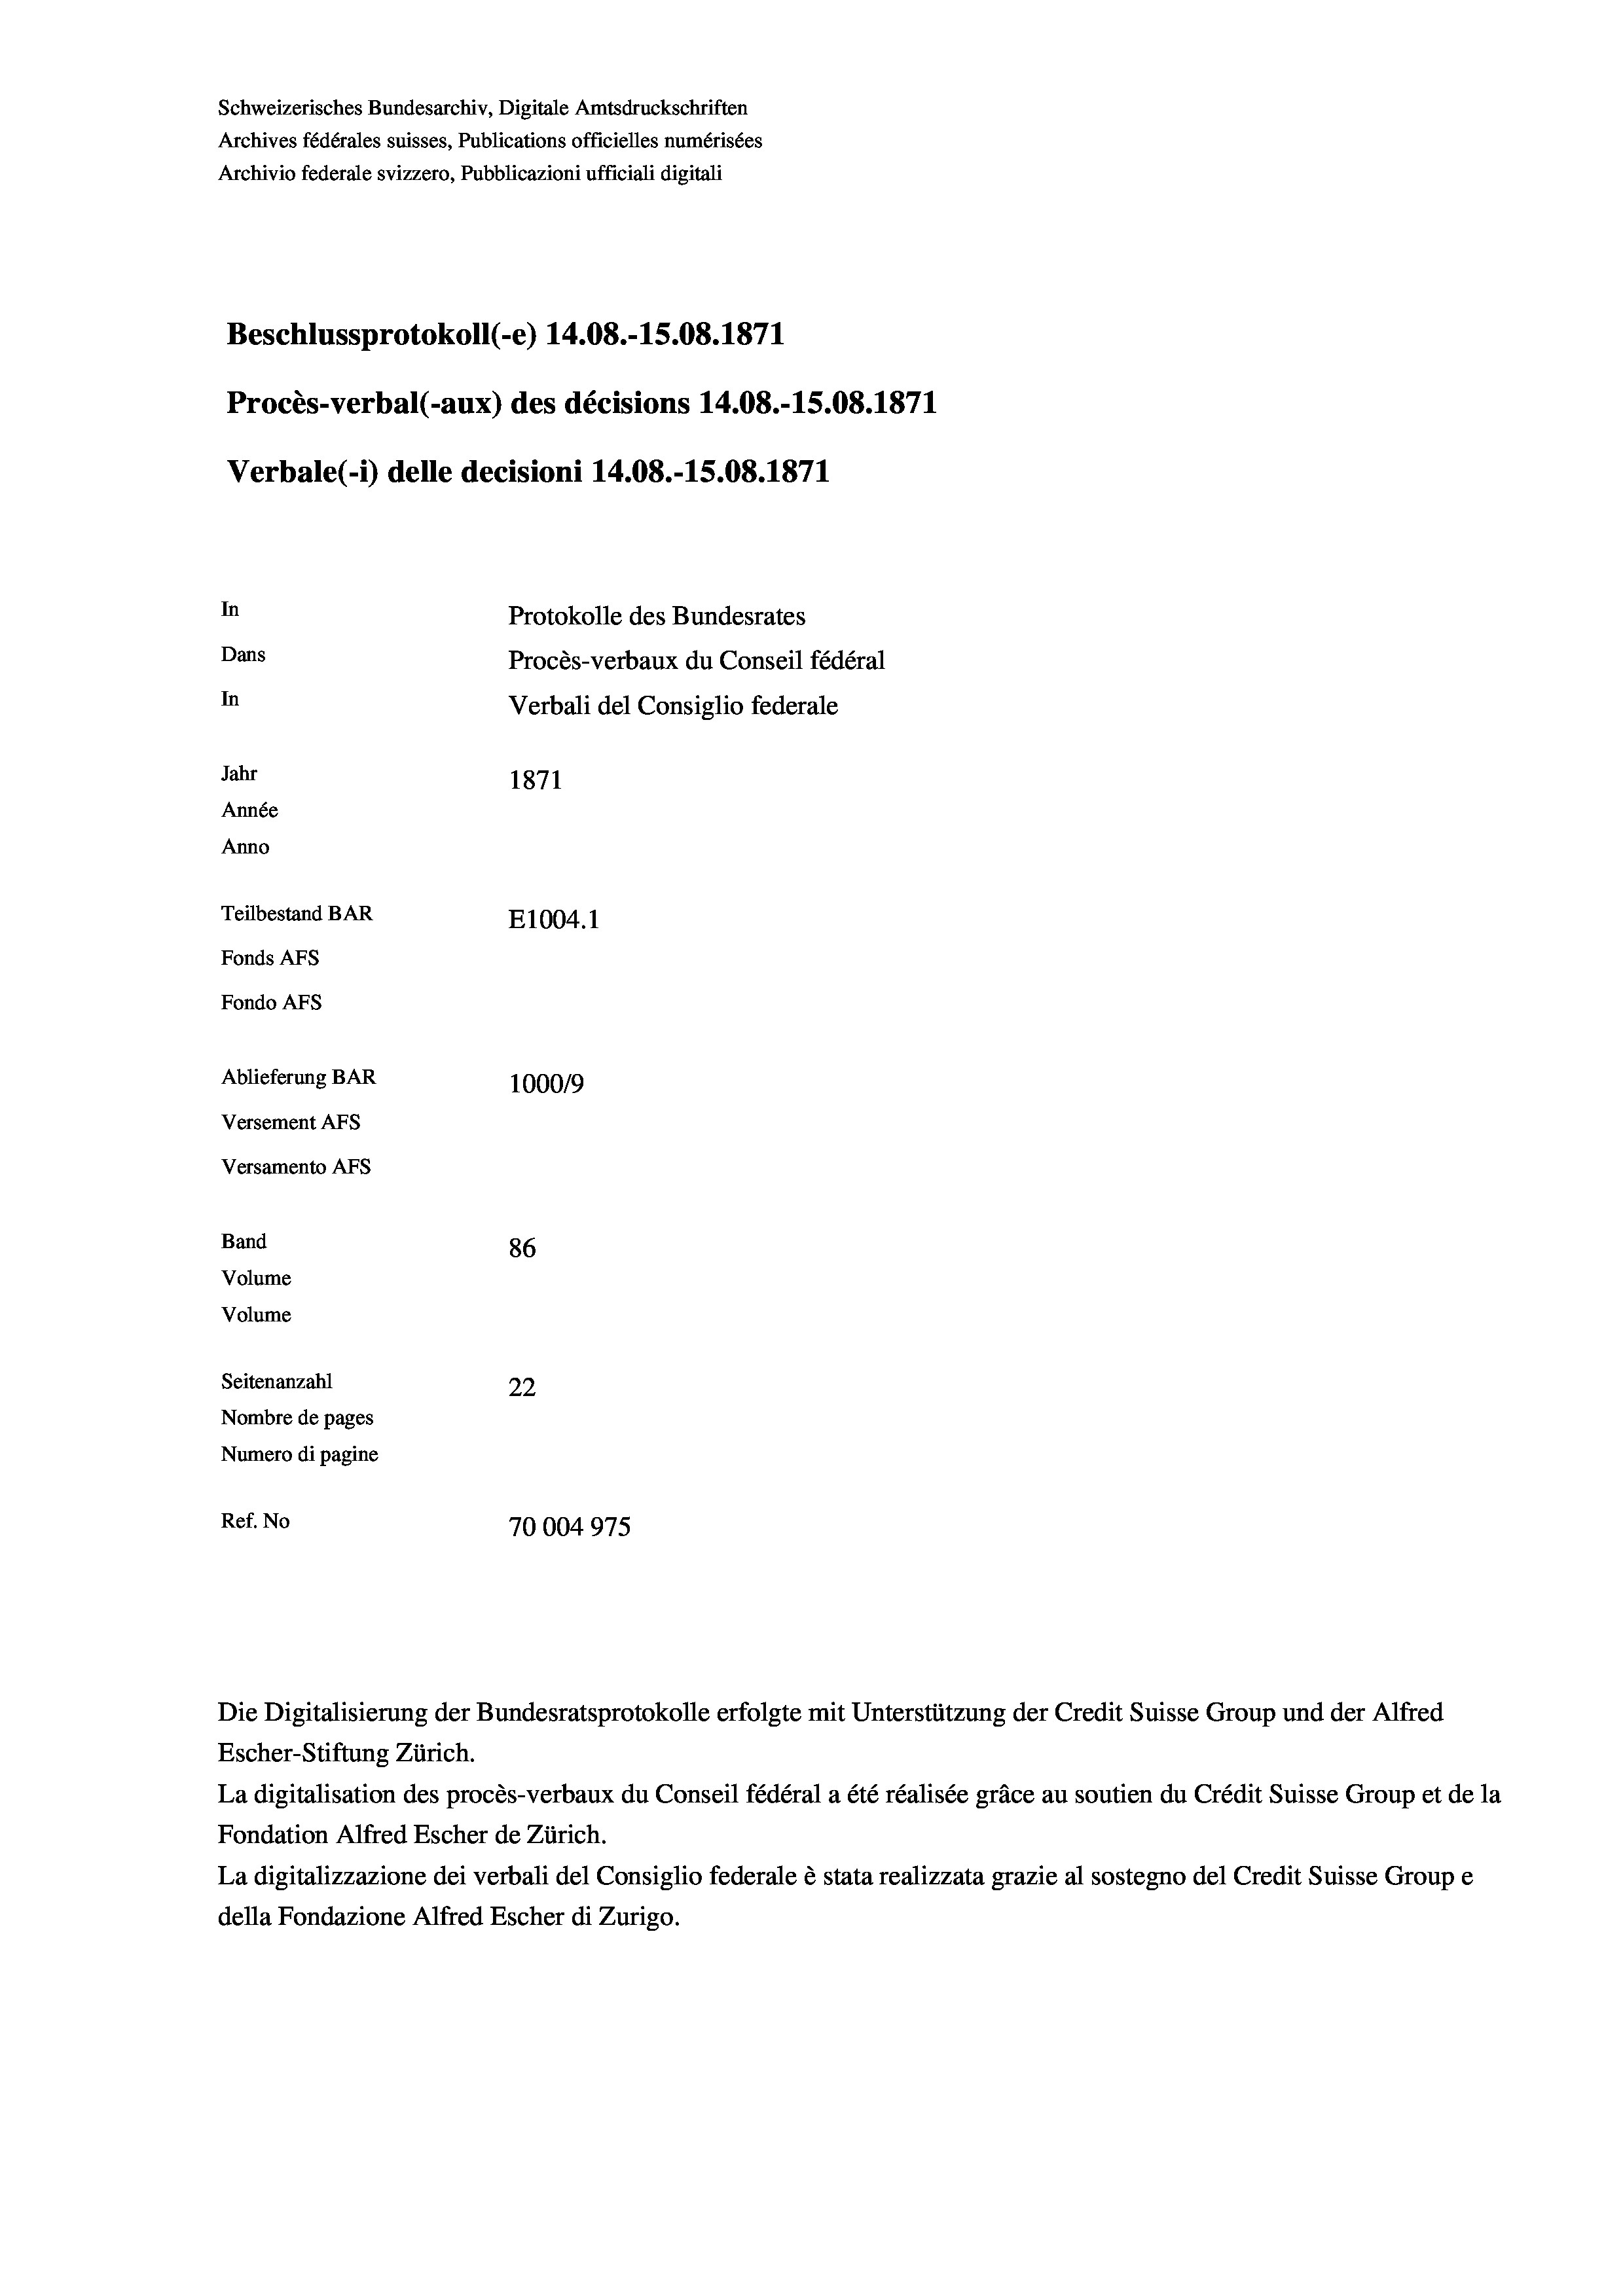
Schweizerisches Bundesarchiv, Digitale Amtsdruckschriften
Archives fédérales suisses, Publications officielles numérisées
Archivio federale svizzero, Pubblicazioni ufficiali digitali
Beschlussprotokoll (-e) 14.08.-15.08. 1871
Procès-verbal (-aux) des décisions 14.08.-15.08. 1871
Verbale (- 1) delle decisioni 14.08.-15.08. 1871
In
Protokolle des Bundesrates
Dans
Procès-verbaux du Conseil fédéral
In
Verbali del Consiglio federale
Jahr
1871
Année
Anno
Teilbestand BAR
E1004.1
Fonds AFs
Fondo Afs
Ablieferung BAR
100019
Versement AFs
Versamento AFs
Band
86
Volume
Volume
Seitenanzahl
22
Nombre de pages
Numero di pagine
Ref. No
75
70004975

Die Digitalisierung der Bundesratsprotokolle erfolgte mit Unterstützung der Credit Suisse Group und der Alfred
Escher-Stiftung Zürich.
La digitalisation des procès-verbaux du Conseil fédéral a été réalisée gräce au soutien du Crédit Suisse Group et de la
Fondation Alfred Escher de Zürich.
La digitalizzazione dei verbali del Consiglio federale è stata realizzata grazie al sostegno del Credit Suisse Groupe
della Fondazione Alfred Escher di Zurigo.